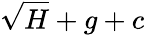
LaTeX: \sqrt{H}+g+c